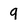
Character: 9